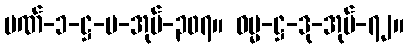
ပဏ်-၁-ဋ္ဌ-ပ-အုပ်-၃၀၇။ ဓမ္မ-ဋ္ဌ-ဒု-အုပ်-၇၂။